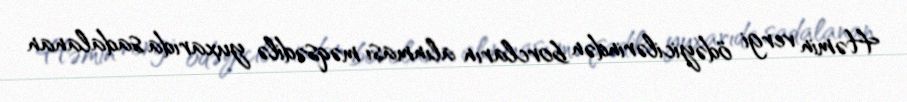
Həmin vergi ödəyicilərindən borcların alınması məqsədilə yuxarıda sadalanan